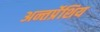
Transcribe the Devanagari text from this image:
अन्तर्प्रेशिय